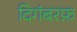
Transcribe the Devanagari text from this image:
दिगंबरफ़